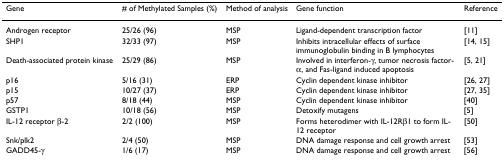
| Gene | # of Methylated Samples (%) | Method of analysis | Gene function | Reference |
 | --- | --- | --- | --- | --- |
 | Androgen receptor | 25/26 (96) | MSP | Ligand-dependent transcription factor | [11] |
 | SHP1 | 32/33 (97) | MSP | Inhibits intracellular effects of surface immunoglobulin binding in B lymphocytes | [14, 15] |
 | Death-associated protein kinase | 25/29 (86) | MSP | Involved in interferon-γ, tumor necrosis factor-α, and Fas-ligand induced apoptosis | [5, 21] |
 | p16 | 5/16 (31) | ERP | Cyclin dependent kinase inhibitor | [26, 27] |
 | p15 | 10/27 (37) | ERP | Cyclin dependent kinase inhibitor | [27, 35] |
 | p57 | 8/18 (44) | MSP | Cyclin dependent kinase inhibitor | [40] |
 | GSTP1 | 10/18 (56) | MSP | Detoxify mutagens | [5] |
 | IL-12 receptor β-2 | 2/2 (100) | MSP | Forms heterodimer with IL-12Rβ1 to form IL-12 receptor | [50] |
 | Snk/plk2 | 2/4 (50) | MSP | DNA damage response and cell growth arrest | [53] |
 | GADD45-γ | 1/6 (17) | MSP | DNA damage response and cell growth arrest | [56] |